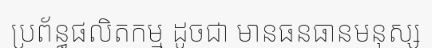
ប្រព័ន្ធផលិតកម្ម ដូចជា មានធនធានមនុស្ស